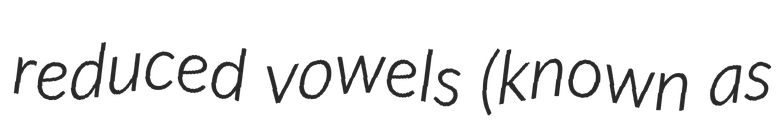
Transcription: reduced vowels (known as